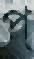
প্